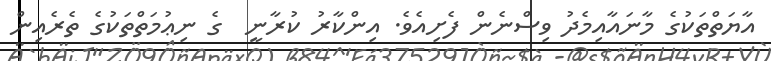
އާޔަތްތަކުގެ މާނައާއިމެދު ވިސްނެން ފެށިއެވެ. އިންކާރު ކުރާނީ  ގެ ނިޢުމަތްތަކުގެ ތެރެއިން